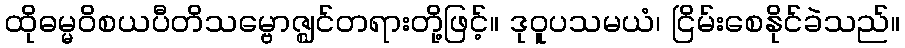
ထိုဓမ္မဝိစယပီတိသမ္ဗောဇ္ဈင်တရားတို့ဖြင့်။ ဒုဝူပသမယံ၊ ငြိမ်းစေနိုင်ခဲသည်။